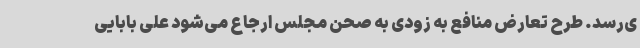
ی‌رسد. طرح تعارض منافع به زودی به صحن مجلس ارجاع می‌شود علی بابایی